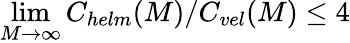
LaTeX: \operatorname*{lim}_{M\rightarrow\infty}C_{helm}(M)/C_{vel}(M)\leq 4